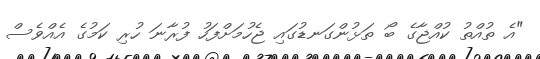
"އެ ތުއްތު ކުއްޖާގެ ބޯ ތަޅުންގަނޑުގައި ޖެހުމަށްފަހު ފުރާނަ ހުރި ކަމުގެ އެއްވެސް